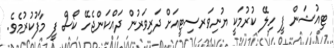
ޓިއުޝަން ފީ ހިލޭ ކުރުމަކީ ޔުނިވަރސިޓީއަށް ދަރިވަރުން ދައްކަންޖެހޭ ކޯސް ފީ މާފުކުރުމެވެ.